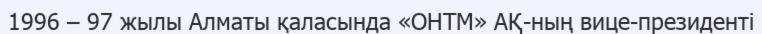
1996 – 97 жылы Алматы қаласында «ОНТМ» АҚ-ның вице-президенті